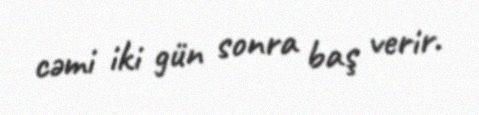
cəmi iki gün sonra baş verir.